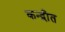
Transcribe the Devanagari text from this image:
कन्द्रीत